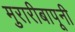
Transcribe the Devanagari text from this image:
मुरारीबापूनी